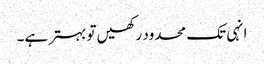
انہی تک محدود رکھیں تو بہتر ہے۔